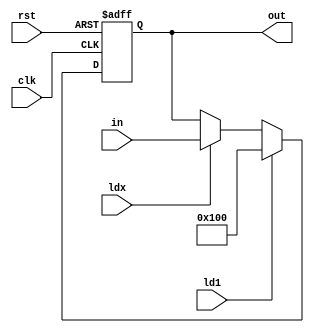
module reg10(input clk, rst, ldx, ld1, input[9:0] in, output reg[9:0] out);
	always @(posedge clk,posedge rst) begin
		if (rst) out<=10'b0;
		else if(ld1) out<=10'b0100000000;
		else if(ldx) out<=in;
		else out <= out;
	end
endmodule